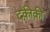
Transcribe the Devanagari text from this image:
दक़ीक़ी